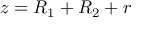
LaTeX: \ z = R _ { 1 } + R _ { 2 } + r